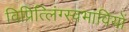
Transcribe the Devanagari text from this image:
विप्रित्लिंग्स्वभावियों